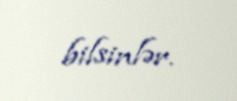
bilsinlər.